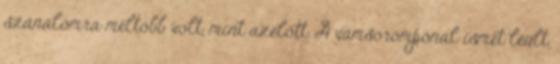
szánalomra méltóbb volt, mint azelőtt. A vámsorompónál ismét leült,